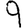
Digit: 9